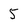
Character: 5